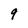
Character: 9